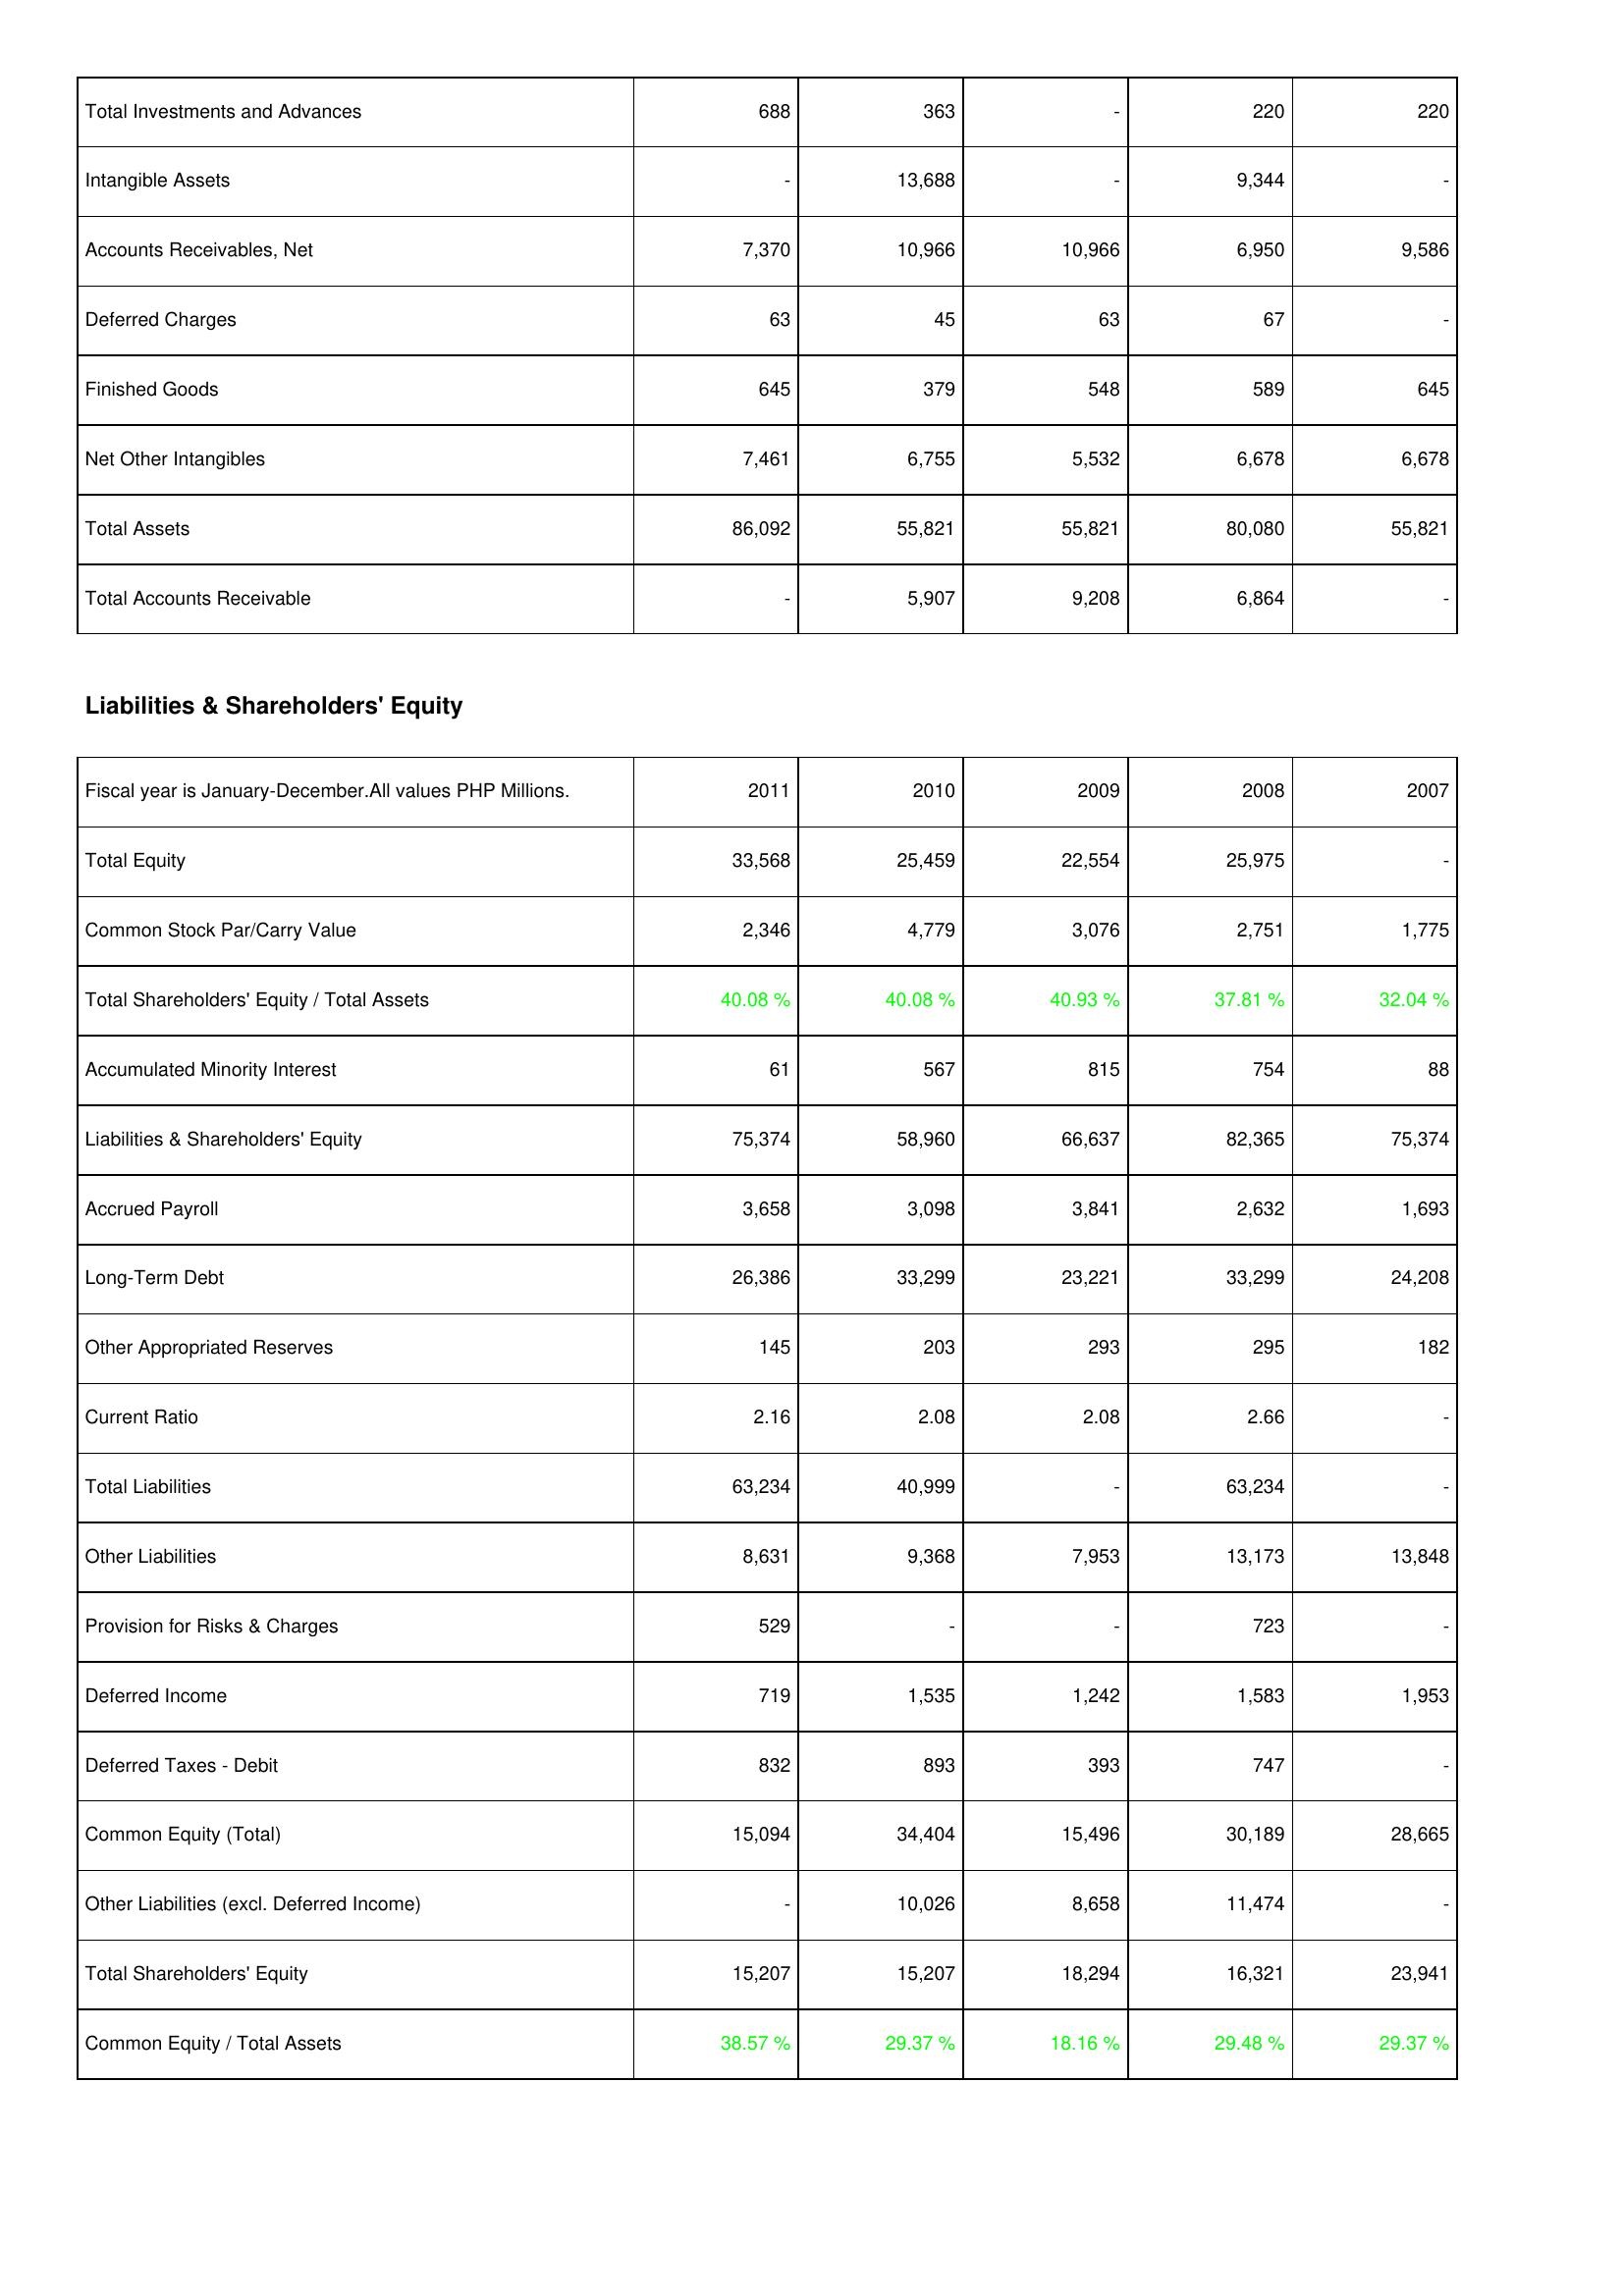
2011: Assets: Total Investments and Advances: 688
Intangible Assets: -
Accounts Receivables, Net: 7,370
Deferred Charges: 63
Finished Goods: 645
Net Other Intangibles: 7,461
Total Assets: 86,092
Total Accounts Receivable: -
Liabilities & Shareholders' Equity: Total Equity: 33,568
Common Stock Par/Carry Value: 2,346
Total Shareholders' Equity / Total Assets: 40.08 %
Accumulated Minority Interest: 61
Liabilities & Shareholders' Equity: 75,374
Accrued Payroll: 3,658
Long-Term Debt: 26,386
Other Appropriated Reserves: 145
Current Ratio: 2.16
Total Liabilities: 63,234
Other Liabilities: 8,631
Provision for Risks & Charges: 529
Deferred Income: 719
Deferred Taxes - Debit: 832
Common Equity (Total): 15,094
Other Liabilities (excl. Deferred Income): -
Total Shareholders' Equity: 15,207
Common Equity / Total Assets: 38.57 %
2010: Assets: Total Investments and Advances: 363
Intangible Assets: 13,688
Accounts Receivables, Net: 10,966
Deferred Charges: 45
Finished Goods: 379
Net Other Intangibles: 6,755
Total Assets: 55,821
Total Accounts Receivable: 5,907
Liabilities & Shareholders' Equity: Total Equity: 25,459
Common Stock Par/Carry Value: 4,779
Total Shareholders' Equity / Total Assets: 40.08 %
Accumulated Minority Interest: 567
Liabilities & Shareholders' Equity: 58,960
Accrued Payroll: 3,098
Long-Term Debt: 33,299
Other Appropriated Reserves: 203
Current Ratio: 2.08
Total Liabilities: 40,999
Other Liabilities: 9,368
Provision for Risks & Charges: -
Deferred Income: 1,535
Deferred Taxes - Debit: 893
Common Equity (Total): 34,404
Other Liabilities (excl. Deferred Income): 10,026
Total Shareholders' Equity: 15,207
Common Equity / Total Assets: 29.37 %
2009: Assets: Total Investments and Advances: -
Intangible Assets: -
Accounts Receivables, Net: 10,966
Deferred Charges: 63
Finished Goods: 548
Net Other Intangibles: 5,532
Total Assets: 55,821
Total Accounts Receivable: 9,208
Liabilities & Shareholders' Equity: Total Equity: 22,554
Common Stock Par/Carry Value: 3,076
Total Shareholders' Equity / Total Assets: 40.93 %
Accumulated Minority Interest: 815
Liabilities & Shareholders' Equity: 66,637
Accrued Payroll: 3,841
Long-Term Debt: 23,221
Other Appropriated Reserves: 293
Current Ratio: 2.08
Total Liabilities: -
Other Liabilities: 7,953
Provision for Risks & Charges: -
Deferred Income: 1,242
Deferred Taxes - Debit: 393
Common Equity (Total): 15,496
Other Liabilities (excl. Deferred Income): 8,658
Total Shareholders' Equity: 18,294
Common Equity / Total Assets: 18.16 %
2008: Assets: Total Investments and Advances: 220
Intangible Assets: 9,344
Accounts Receivables, Net: 6,950
Deferred Charges: 67
Finished Goods: 589
Net Other Intangibles: 6,678
Total Assets: 80,080
Total Accounts Receivable: 6,864
Liabilities & Shareholders' Equity: Total Equity: 25,975
Common Stock Par/Carry Value: 2,751
Total Shareholders' Equity / Total Assets: 37.81 %
Accumulated Minority Interest: 754
Liabilities & Shareholders' Equity: 82,365
Accrued Payroll: 2,632
Long-Term Debt: 33,299
Other Appropriated Reserves: 295
Current Ratio: 2.66
Total Liabilities: 63,234
Other Liabilities: 13,173
Provision for Risks & Charges: 723
Deferred Income: 1,583
Deferred Taxes - Debit: 747
Common Equity (Total): 30,189
Other Liabilities (excl. Deferred Income): 11,474
Total Shareholders' Equity: 16,321
Common Equity / Total Assets: 29.48 %
2007: Assets: Total Investments and Advances: 220
Intangible Assets: -
Accounts Receivables, Net: 9,586
Deferred Charges: -
Finished Goods: 645
Net Other Intangibles: 6,678
Total Assets: 55,821
Total Accounts Receivable: -
Liabilities & Shareholders' Equity: Total Equity: -
Common Stock Par/Carry Value: 1,775
Total Shareholders' Equity / Total Assets: 32.04 %
Accumulated Minority Interest: 88
Liabilities & Shareholders' Equity: 75,374
Accrued Payroll: 1,693
Long-Term Debt: 24,208
Other Appropriated Reserves: 182
Current Ratio: -
Total Liabilities: -
Other Liabilities: 13,848
Provision for Risks & Charges: -
Deferred Income: 1,953
Deferred Taxes - Debit: -
Common Equity (Total): 28,665
Other Liabilities (excl. Deferred Income): -
Total Shareholders' Equity: 23,941
Common Equity / Total Assets: 29.37 %